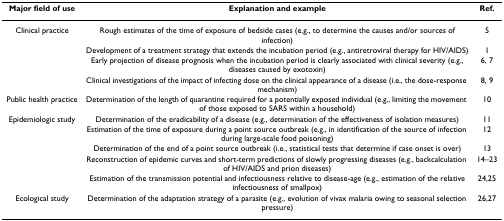
<table><thead><tr><td><b>Major field of use</b></td><td><b>Explanation and example</b></td><td><b>Ref.</b></td></tr></thead><tbody><tr><td>Clinical practice</td><td>Rough estimates of the time of exposure of bedside cases (e.g., to determine the causes and/or sources of infection)</td><td>5</td></tr><tr><td></td><td>Development of a treatment strategy that extends the incubation period (e.g., antiretroviral therapy for HIV/AIDS)</td><td>1</td></tr><tr><td></td><td>Early projection of disease prognosis when the incubation period is clearly associated with clinical severity (e.g., diseases caused by exotoxin)</td><td>6, 7</td></tr><tr><td></td><td>Clinical investigations of the impact of infecting dose on the clinical appearance of a disease (i.e., the dose-response mechanism)</td><td>8, 9</td></tr><tr><td>Public health practice</td><td>Determination of the length of quarantine required for a potentially exposed individual (e.g., limiting the movement of those exposed to SARS within a household)</td><td>10</td></tr><tr><td>Epidemiologic study</td><td>Determination of the eradicability of a disease (e.g., determination of the effectiveness of isolation measures)</td><td>11</td></tr><tr><td></td><td>Estimation of the time of exposure during a point source outbreak (e.g., in identification of the source of infection during large-scale food poisoning)</td><td>12</td></tr><tr><td></td><td>Determination of the end of a point source outbreak (i.e., statistical tests that determine if case onset is over)</td><td>13</td></tr><tr><td></td><td>Reconstruction of epidemic curves and short-term predictions of slowly progressing diseases (e.g., backcalculation of HIV/AIDS and prion diseases)</td><td>14–23</td></tr><tr><td></td><td>Estimation of the transmission potential and infectiousness relative to disease-age (e.g., estimation of the relative infectiousness of smallpox)</td><td>24,25</td></tr><tr><td>Ecological study</td><td>Determination of the adaptation strategy of a parasite (e.g., evolution of vivax malaria owing to seasonal selection pressure)</td><td>26,27</td></tr></tbody></table>